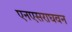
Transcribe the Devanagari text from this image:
एनएसराघवन